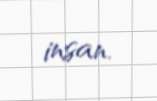
insan.